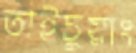
তাইচুয়াং